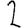
Digit: 2